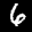
Label: 6